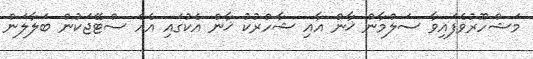
މަޝްހޫރުވެފައިވާ ސަލްމާން ޚާން އާއި ޝާހްރުކު ޚާން އެކުގައި އެއް ސްޓޭޖަކުން ބަލާލަން